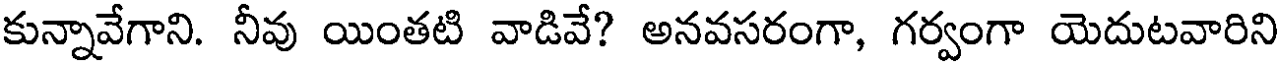
కున్నావేగాని. నీవు యింతటి వాడివే? అనవసరంగా, గర్వంగా యెదుటవారిని